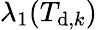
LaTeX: \lambda_{1}(T_{\mathrm{d},k})